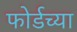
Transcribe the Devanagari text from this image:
फोर्डच्या